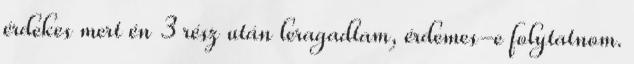
érdekes mert én 3 rész után leragadtam, érdemes-e folytatnom.